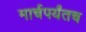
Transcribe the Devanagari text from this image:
मार्चपर्यंतच